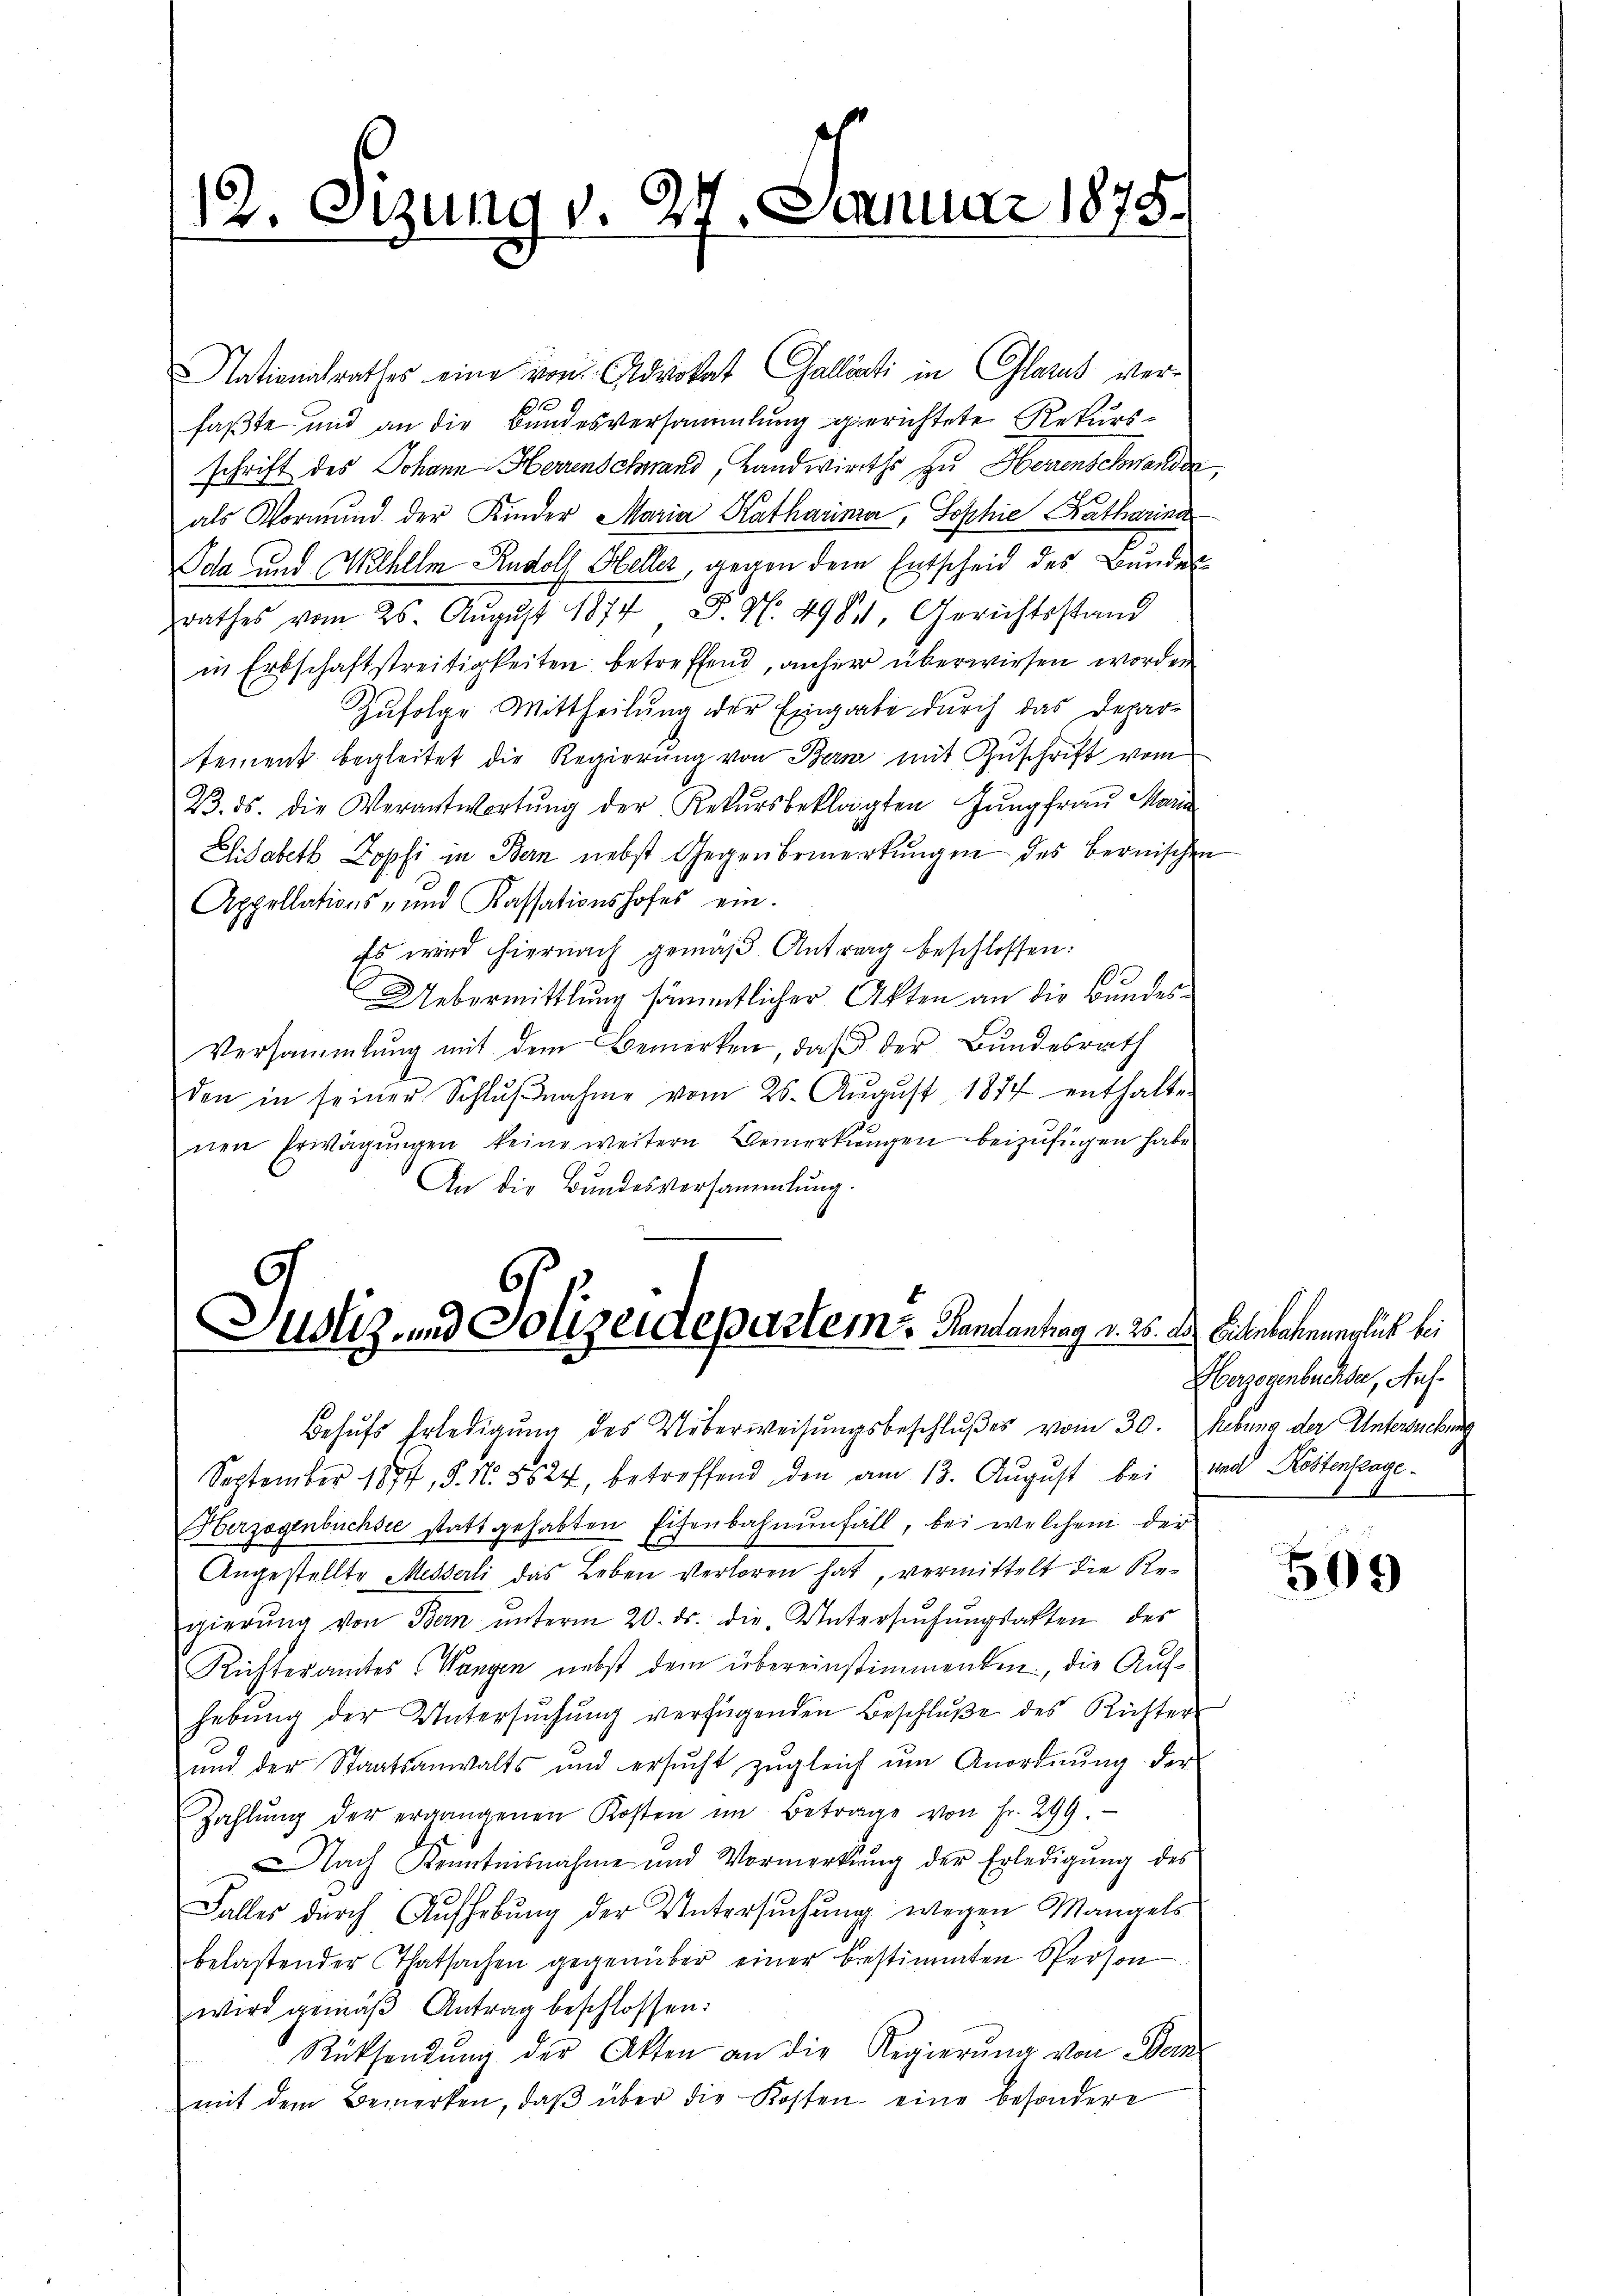
12. Sizung v. 27. Januar 1875.

Nationalrathes eine von Advokat Gallisti in Glarus verfaßte und an die Bundesversammlung gerichtete Rekursschrift des Johann Herrenschwand, Landwirths zu Herenschwander
als Vormund der Kinder Maria Katharina, Sophie Katharina
Oda und Wilhelm Rudolf Heller, gegen dem Entscheid des Bundesrathes vom 25. Aŭgŭst 1877 J. N. 4984, Gerichtsstand
in Erbschaftstreitigkeiten betreffend, anher überwiesen worden
Zufolge Mittheilung der Eingabe durch das Depar-
tement begleitet die Regierŭng von Bern mit Zuschrift vom
23. ds. die Verantwortŭng der Rekursbeklagten Jungfrau Maria
Elisabeth Zopfi in Bern nebst Gegen bemerkungen des bernischen
Appellations- und Kassationshofes ein.
Es wird hiernach gemäß Antrag beschlossen:
Uebermittlung sämmtlicher Akten an die Bundes-
Versammlung mit dem Bemerken, daß der Bundesrath
den in seiner Schlŭβnahme vom 25. Aŭgŭst 1877 enthalten
nen Erwägŭngen keine weitern Bemerkungen beizufügen habe.
An die Bundesversammlung.

Justiz- und Polizeidepartem Handentrag v. 25.

Herzogenbüchsee statt gehabten Eisenbahnenfall, bei welchem der
Angestellte Messerli das Leben verloren hat, vermittelt die Regierŭng von Bern ŭnterm 20. ds. die Untersŭchŭngsakten des
Richteramtes (Wangen nebst dem übereinstimmenten, die Aufhebŭng der Untersŭchŭng verfügenden Beschlŭβe des Richter
ŭnd der Staatsanwalts und ersŭcht zŭgleich ŭm Anordnŭng der
Zahlŭng der ergangenen Kosten im Betrage von Fr. 299.
Nach Kenntnisnahme und Vormerkŭng der Erledigŭng des
Falles durch Aufhebŭng der Untersŭchŭng wegen Mangelsbelastender Thatsachen gegenüber einer bestimmten Sperson
wird gemäβ Antrag beschlossen:
Rücksendŭng der Akten an die Regierŭng von Bern
mit dem Bemerken, daβ über die Kosten eine besondere

Behŭfs Erledigŭng des Ueberweisŭngsbeschlŭβes vom 30. hebung der Untersuchung
September 1874, S. N. 8524, betreffend den am 13. Aŭgŭst bei und Röstenfrage¬

d Eisenbahnunglich bei
Überzogenbüchse, Auf¬

509